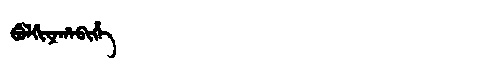
Manchu: ᠪᡠᠯᡤᡳᠶᠠᡥᠠᠪᡳᡥᡝ
Romanization: BULGIYAHABIHE